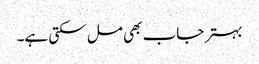
بہتر جاب بھی مل سکتی ہے۔